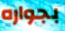
بجواره